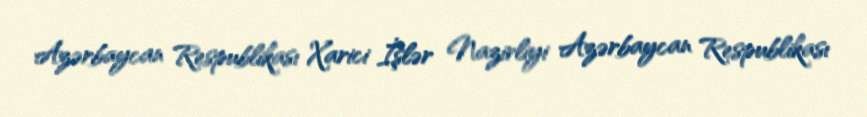
Azərbaycan Respublikası Xarici İşlər Nazirliyi Azərbaycan Respublikası